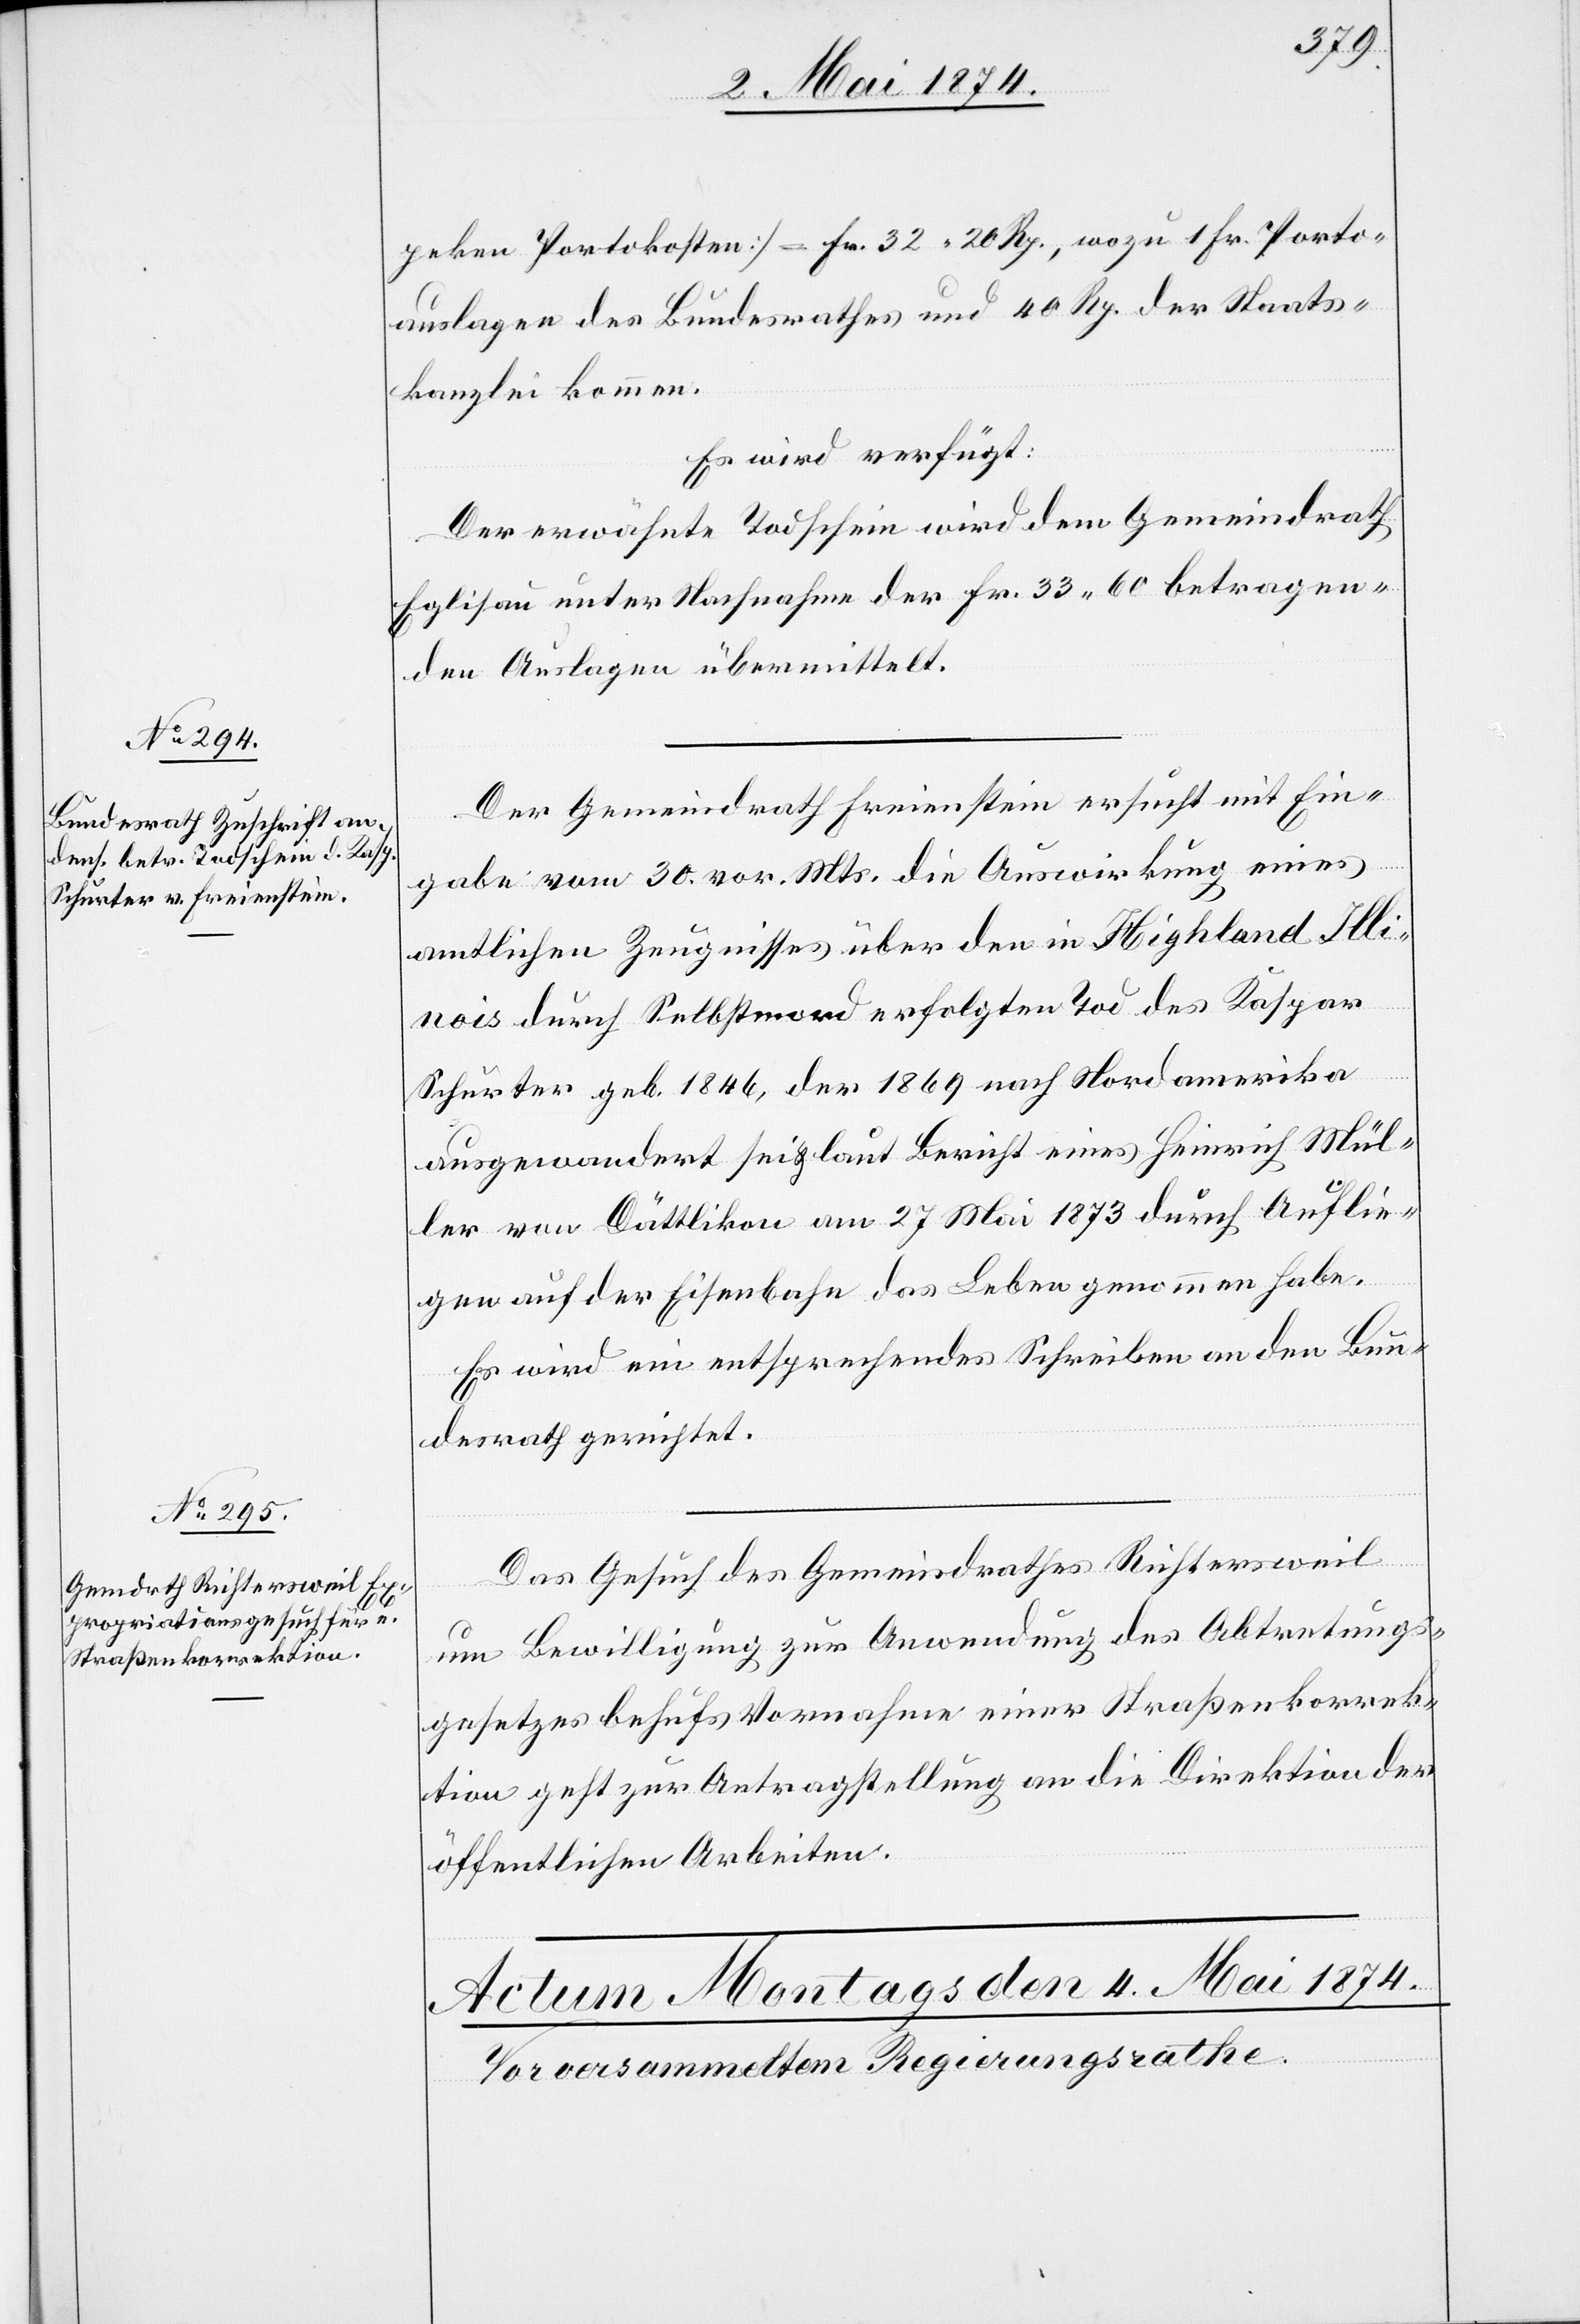
2. Mai 1874.]
peken Portokosten] = Fr. 32.20 Rp., wozu 1 Fr. Porto¬
auslagen des Bundesrathes und 40 Rp. der Staats¬
kanzlei kommen.
Es wird verfügt:
Der erwähnte Todschein wird dem Gemeindrath
Eglisau unter Nachnahme der Fr. 33.60 betragen¬
den Auslagen übermittelt.
Der Gemeindrath Freienstein ersucht mit Ein¬
gabe vom 30. vor. Mts. die Auswirkung eines
amtlichen Zeugnisses über den in Highland Illi¬
nois durch Selbstmord erfolgten Tod des Kaspar
Schurter geb. 1846, der 1869 nach Nordamerika
ausgewandert sei u. laut Bericht eines Heinrich Mül¬
ler von Dättlikon am 27. Mai 1873 durch Auflie¬
gen auf der Eisenbahn das Leben genommen habe.
Es wird ein entsprechendes Schreiben an den Bun¬
desrath gerichtet.
Das Gesuch des Gemeindrathes Richtersweil
um Bewilligung zur Anwendung des Abtretungs¬
gesetzes behufs Vornahme einer Straßenkorrek¬
tion geht zur Antragstellung an die Direktion der
öffentlichen Arbeiten.